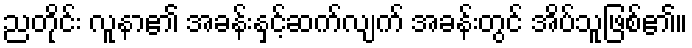
ညတိုင်း လူနာ၏ အခန်းနှင့်ဆက်လျက် အခန်းတွင် အိပ်သူဖြစ်၏။